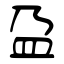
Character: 盁